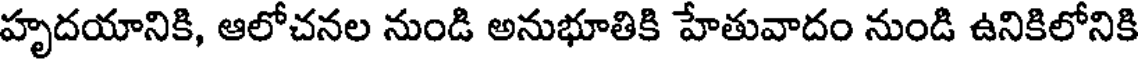
హృదయానికి, ఆలోచనల నుండి అనుభూతికి హేతువాదం నుండి ఉనికిలోనికి